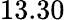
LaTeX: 13.30